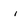
Character: i